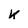
Character: k